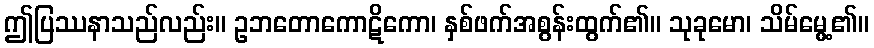
ဤပြဿနာသည်လည်း။ ဥဘတောကောဋိကော၊ နှစ်ဖက်အစွန်းထွက်၏။ သုခုမော၊ သိမ်မွေ့၏။